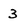
Character: 3